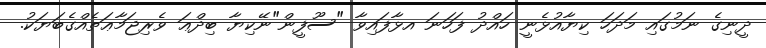
ދީނިގެ ނަމުގައި މަދަހަ ކިޔާއުޅެނީ ހައްދު ފަހަނަ އޅާފައިވާ "ސޫފީން"ނޭކިޔާ ބިދްޢަ ވެރިޖަމާޢަތެއްގެބަޔަކު.